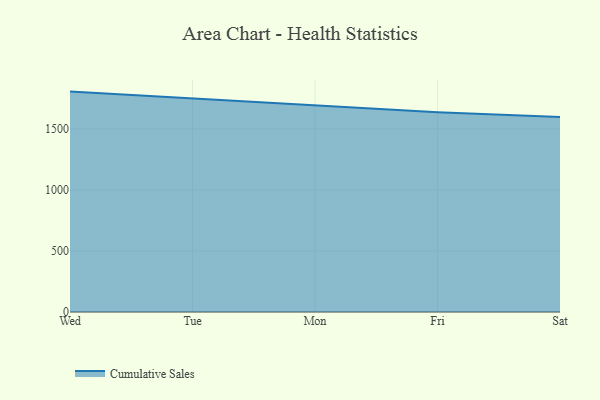
{"axis": {"x": "Day", "y": "Tickets Resolved"}, "legend": ["Cumulative Sales"], "data": [{"x": "Wed", "y": 1805.9, "type": "Cumulative Sales"}, {"x": "Tue", "y": 1749.8, "type": "Cumulative Sales"}, {"x": "Mon", "y": 1690.3, "type": "Cumulative Sales"}, {"x": "Fri", "y": 1636.2, "type": "Cumulative Sales"}, {"x": "Sat", "y": 1596.8, "type": "Cumulative Sales"}]}